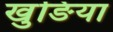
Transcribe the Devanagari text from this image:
खुङिया